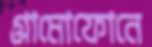
গ্রামোফোনে